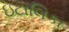
ઇટાલિકા